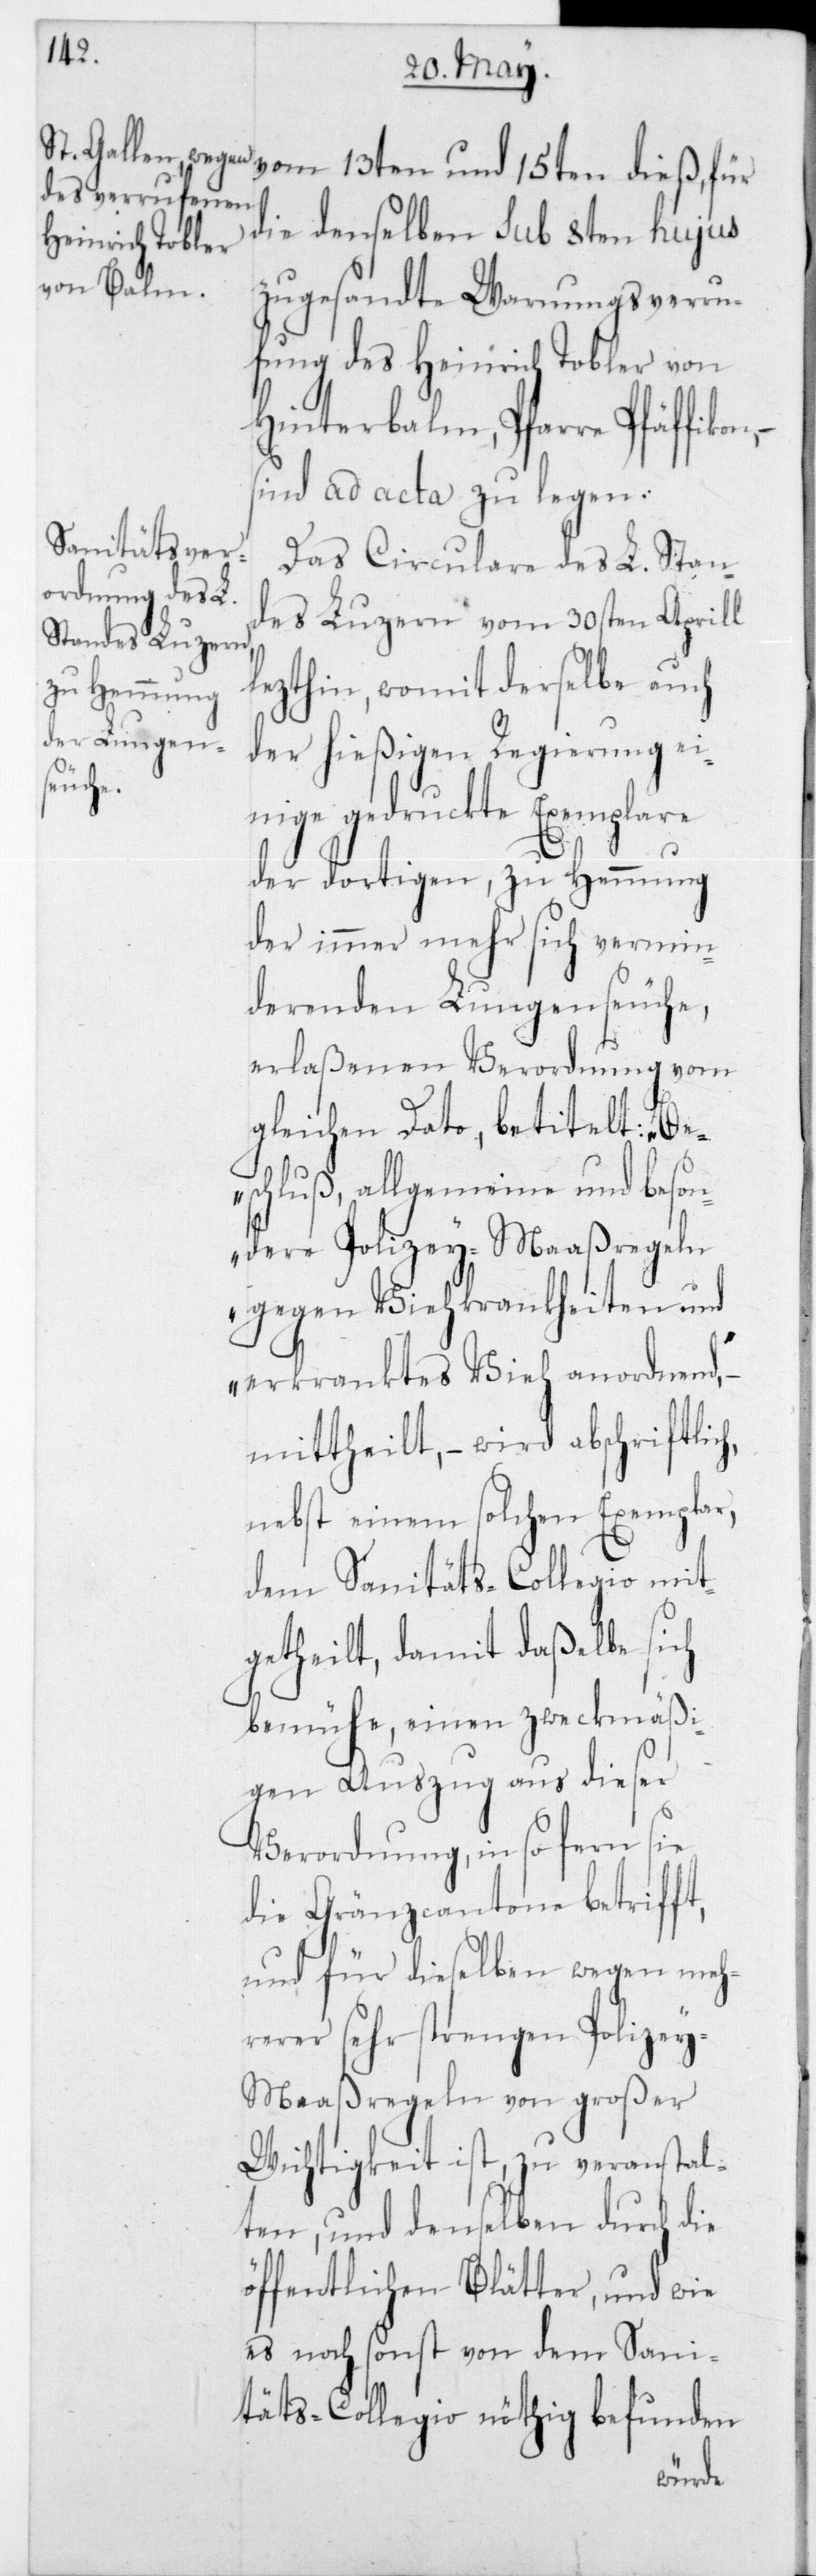
die demselben sub 8ten hujus
zugesandte Warnungsverru¬
fung des Heinrich Tobler von
Hinterbalm, Pfarre Pfäffikon,
sind ad acta zu legen.
Das Circulare des L. Stan¬
des Luzern vom 30sten Aprill
lezthin, womit derselbe auch
der hießigen Regierung ei¬
ch,
nige gedruckte Exemplare
der dortigen, zu Hemmung
der immer mehr sich vermin¬
derenden Lungenseuche,
erlaßenen Verordnung vom
gleichen Dato, betitelt: „Be¬
schluß, allgemeine und beson¬
dere Polizey-Maaßregeln
gegen Viehkrankheiten und
erkranktes Vieh anordnend“,
mittheilt, – wird abschriftli¬
nebst einem solchen Exemplar,
dem Sanitäts-Collegio mit¬
getheilt, damit daßelbe sich
bemühe, einen zweckmäßi¬
gen Auszug aus dieser
Verordnung, in so fern sie
die Gränzcantone betrifft,
und für dieselben wegen meh¬
rerer sehr strengen Polize¬
y-Maaßregeln von großer
Wichtigkeit ist, zu veranstal¬
ten, und denselben durch die
öffentlichen Blätter, und wie
es noch sonst von dem Sani¬
täts-Collegio nöthig befunden
und